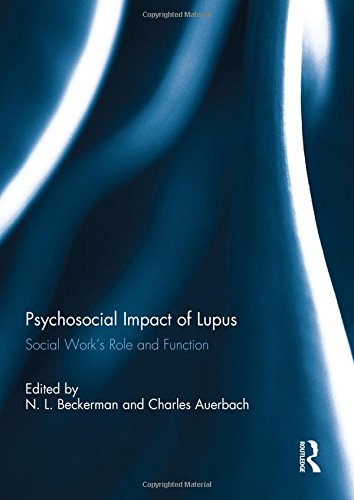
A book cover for Psychosocial Impact of Lupus: Social Work's Role and Function; Health, Fitness & Dieting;